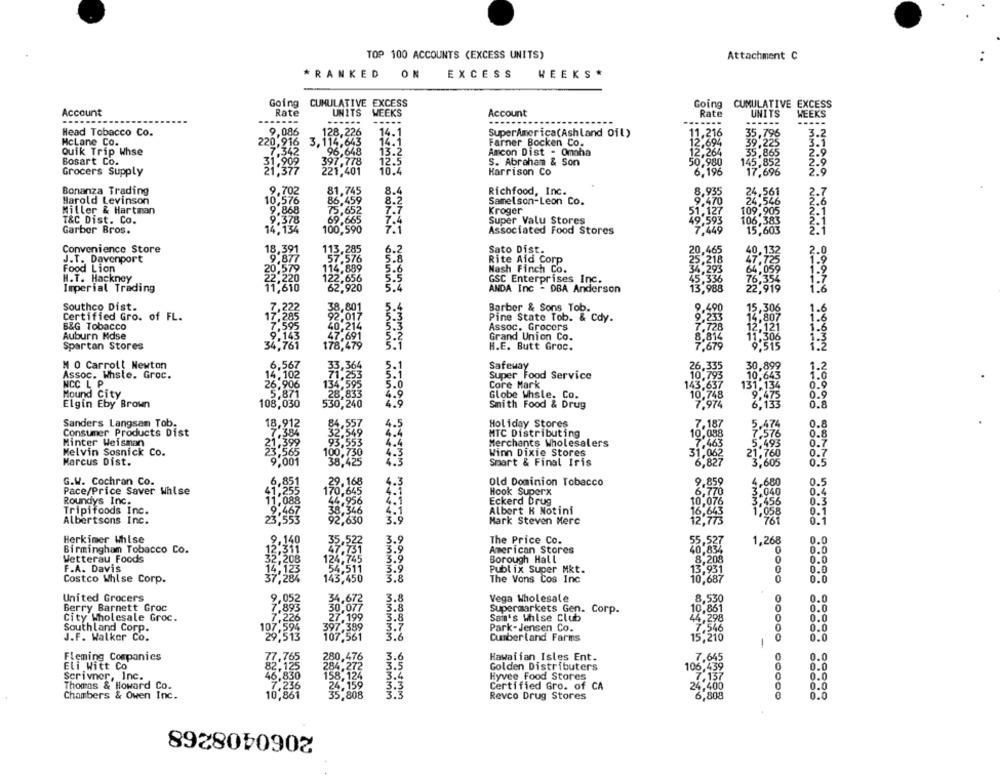
TOP 100 ACCOUNTS (EXCESS UNITS)
Attachment C
*RANKED ON
EXCESS
WEEKS *
Going CUMULATIVE EXCESS
Going CUMULATIVE EXCESS
Account
Rate
UNITS
WEEKS
Account
Rate
UNITS
WEEKS
------
-----
...
----
-----
Head Tobacco Co.
9,086
128,226
14.1
SuperAmerica(Ashland Oil)
11,216
35,796
3.2
14.1
3.1
HcLane Co.
220,916
3.114,643
Farner Bocken Co.
12.694
39.225
Quik Trip Whse
7.342
96,648
13.2
Amcon Dist - Omaha
35.865
2.9
Bosart Co.
31.902
397.778
12.5
S. Abraham & Son
50,980
145,852
2.9
Grocers Supply
221,401
10.4
Harrison Co
6,196
17.696
2.9
NPOCO
Bonanza Trading
9,702
81,745
8.4
Richfood, Inc.
8,935
24.561
Harold Levinson
10,576
86,459
8.2
Samelson-Leon Co.
9.470
24.546
3.7
Miller & Hartman
9.868
75.652
7.7
Kroger
51.127
109.905
2.1
69.665
T&C Dist. Co.
9.378
7.4
Super Valu Stores
49.593
106,383
Garber Bros.
14,134
100,590
7.1
Associated Food Stores
7.449
15,603
Convenience Store
18,391
113,285
Sato Dist.
J.T. Davenport
9.877
57.576
Rite Aid Corp
Food Lion
20,579
114.889
5.6
Nash Finch Co.
H.T. Hackney
22,220
122,656
5.5
GSC Enterprises Inc.
Imperial Trading
11,610
62,920
5.4
ANDA Inc - DBA Anderson
Southco Dist.
7,222
38,801
5.4
Barber & Sons Tob.
.490
Certified Gro. of FL.
17,285
92.017
5.3
Pine State Tob. & Cdy.
233
B&G Tobacco
7,595
40,214
5.3
Assoc. Grocers
7.728
9.143
5.2
8.814
Auburn Ndse
Grand Union Co.
Spartan Stores
34,761
479
5.1
H.E. Butt Groc.
7.679
M O Carrol! Newton
6,567
5.1
Safeway
14. 102
25,364
71.253
5.1
Assoc. Whsle. Groc.
Super Food Service
NCC L P
26.906
134,595
5.0
Core Mark
Mound City
28,833
4.9
Globe Whsle. Co.
Elgin Eby Brown
108,03
530,240
4.9
Smith Food & Drug
Sanders Langsam Tob.
18,912
84.557
4.5
Holiday Stores
7,187
0.8
Consumer Products Dist
7.384
32,549
4.4
MTC Distributing
10,088
0.
Minter Weisman
21,399
93.553
4.4
Merchants Wholesalers
7'463
Melvin Sosnick Co.
100,730
4.3
Winn Dixie Stores
23.565
31,062
Marcus Dist.
9,001
38,425
Smart & Final Iris
6,827
3,605
88775
G.W. Cochran Co.
6,851
29.168
4.3
Old Dominion Tobacco
9,859
4.600
Pace/Price Saver Whlse
1.2
170.645
4.1
Hook Superx
6.770
,040
0.4
Roundys Inc.
1.088
Eckerd Drug
10,076
,456
0.3
Tripifoods Inc.
4.1
Albert K Notini
16,643
058
0.1
Albertsons Inc.
92,630
3.9
Mark Steven Merc
12.773
"769
0.1
Herkimer Whlse
9.140
The Price Co.
55.527
1,268
0.0
Birmingham Tobacco Co.
12.311
American Stores
Wetterau Foods
2.208
124,745
3.9
Borough Hall
8,208
0
0.0
F.A. Davis
14,123
54,511
3.9
Publix Super Mkt.
13,931
0.0
Costco Whise Corp.
37,284
143,450
3.8
The Vons Cos Inc
10,687
0
0.0
United Grocers
34,672
5.8
Vega Wholesale
8,530
0
0.0
Berry Barnett Groc
30,077
3.8
0
Supermarkets Gen. Corp.
10,861
0.0
City Wholesale Groc.
7.226
27.199
3.8
Sain's Whlse Club
44,298
0
0.0
Southland Corp.
107,594
397,389
3.7
Park- Jensen Co.
0.0
J.F. Walker Co.
29,513
107.561
3.6
Cumberland Farms
15,210
0.0
1
Fleming Companies
77.765
280,476
Hawaiian Isles Ent.
7,645
0.0
Eli Witt Co
82,125
284,272
3.5
Golden Distributers
106,439
0.0
Scrivner, Inc.
46,830
158,124
3.4
Hyvee Food Stores
7.137
0.0
Thomas & Howard Co.
7.236
24.159
3.3
0.0
Certified Gro. of CA
24,400
Chambers & Owen Inc.
10,861
35,808
MMMMM
Revco Drug Stores
6,808
0
0.0
2060408268